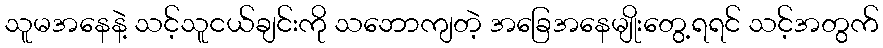
သူမအနေနဲ့ သင့်သူငယ်ချင်းကို သဘောကျတဲ့ အခြေအနေမျိုးတွေ့ရရင် သင့်အတွက်